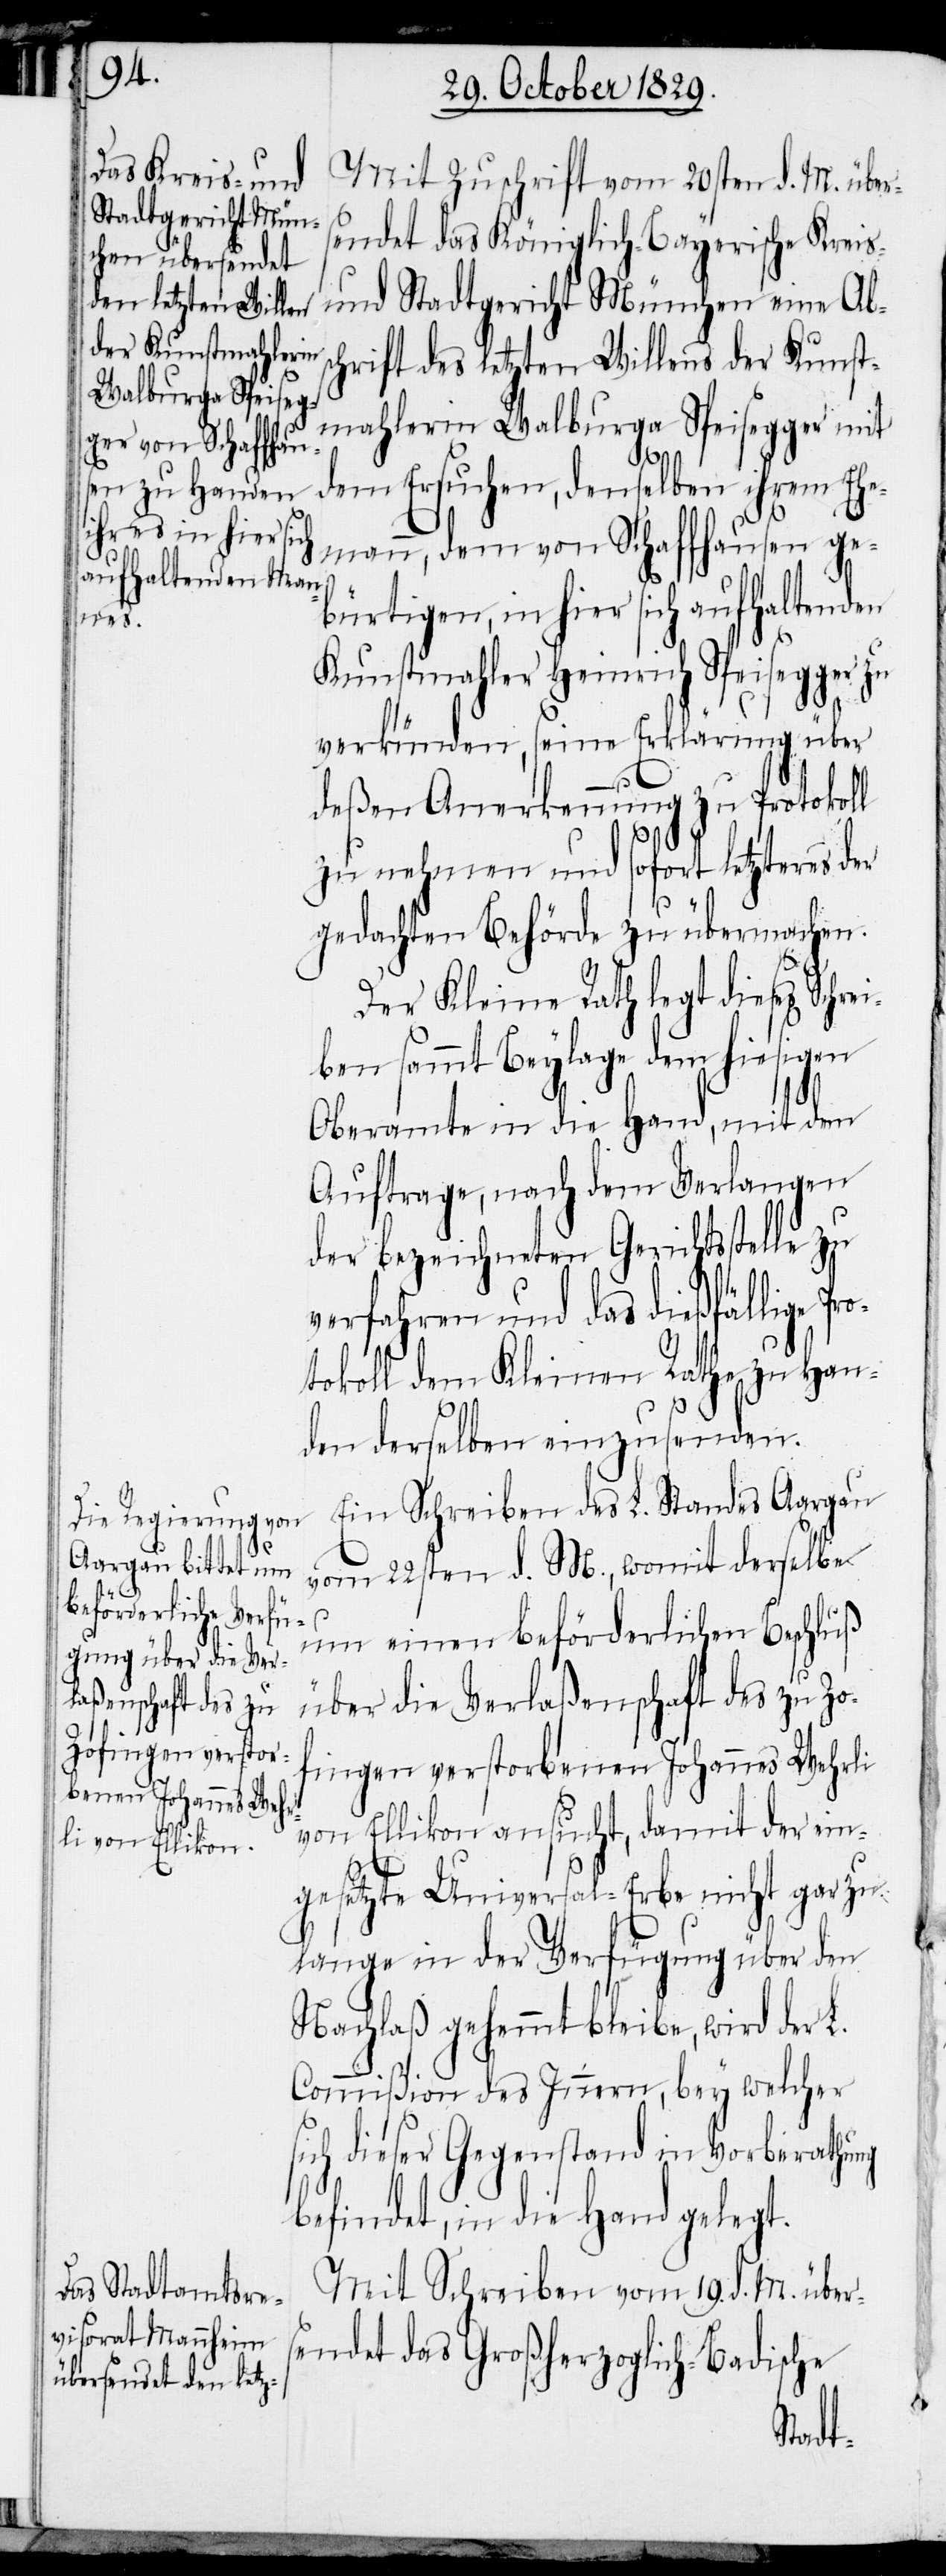
Mit Zuschrift vom 20sten d. M. übers¬
endte das Königlich-Bayerische Kreis-
und Stadtgericht München eine Abs¬
chrift des letzten Willens der Kunst¬
mahlerin Walburga Speisegger mit
dem Ersuchen, denselben ihrem Ehe¬
mann, dem von Schaffhausen ge¬
bürtigen, in hier sich aufhaltenden
ro¬
Kunstmahler Heinrich Speisegger zu
verkünden, seine Erklärung über
deßen Anerkennung zu Protokoll
zu nehmen und sofort letzteres
gedachten Behörde zu übermachen.
Der Kleine Rath legt dieses Schre¬
iben sammt Beylage dem hiesigen
Oberamte in die Hand, mit dem
Auftrage, nach dem Verlangen
der bezeichneten Gerichtsstelle zu
verfahren und das dießfällige P¬
tokoll dem Kleinen Rathe zu Han¬
den derselben einzusenden.
Ein Schreiben des L. Standes Aargau
vom 22sten d. M., womit derselbe
um einen beförderlichen Beschluß
über die Verlaßenschaft des zu Zo¬
fingen verstorbenen Johannes Wehrli
von Ellikon ansucht, damit der ein¬
gesetzte Universal-Erbe nicht gar zu
lange in der Verfügung über den
Nachlaß gehemmt bleibe, wird der L.
Commißion des Innern, bey welcher
sich dieser Gegenstand in Vorberathung
befindet, in die Hand gelegt.
Mit Schreiben vom 19. d. M. über¬
sendet das Großherzoglich-Badische